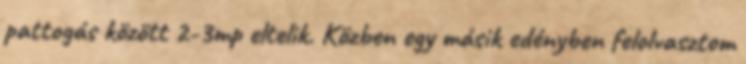
pattogás között 2-3mp eltelik. Közben egy másik edényben felolvasztom